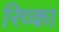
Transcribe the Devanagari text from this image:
रिव्का